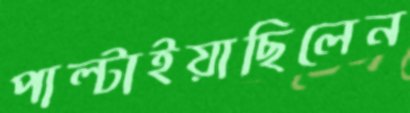
পাল্‌টাইয়াছিলেন